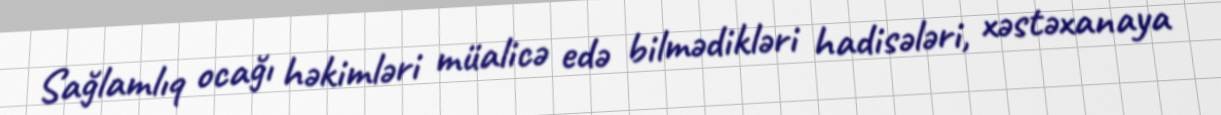
Sağlamlıq ocağı həkimləri müalicə edə bilmədikləri hadisələri, xəstəxanaya